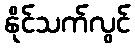
နိုင်သက်လွင်